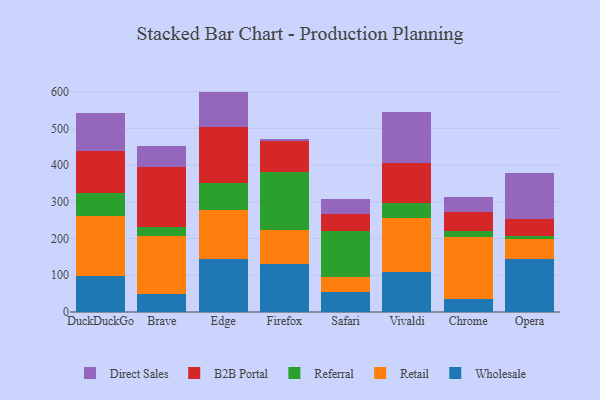
{"axis": {"x": "Browser", "y": "Website Visitors"}, "legend": ["B2B Portal", "Direct Sales", "Referral", "Retail", "Wholesale"], "data": [{"x": "DuckDuckGo", "y": 99.0, "type": "Wholesale"}, {"x": "DuckDuckGo", "y": 162.6, "type": "Retail"}, {"x": "DuckDuckGo", "y": 63.5, "type": "Referral"}, {"x": "DuckDuckGo", "y": 113.0, "type": "B2B Portal"}, {"x": "DuckDuckGo", "y": 103.4, "type": "Direct Sales"}, {"x": "Brave", "y": 49.1, "type": "Wholesale"}, {"x": "Brave", "y": 159.0, "type": "Retail"}, {"x": "Brave", "y": 24.5, "type": "Referral"}, {"x": "Brave", "y": 160.9, "type": "B2B Portal"}, {"x": "Brave", "y": 59.1, "type": "Direct Sales"}, {"x": "Edge", "y": 143.4, "type": "Wholesale"}, {"x": "Edge", "y": 133.8, "type": "Retail"}, {"x": "Edge", "y": 72.9, "type": "Referral"}, {"x": "Edge", "y": 154.8, "type": "B2B Portal"}, {"x": "Edge", "y": 95.2, "type": "Direct Sales"}, {"x": "Firefox", "y": 130.6, "type": "Wholesale"}, {"x": "Firefox", "y": 92.3, "type": "Retail"}, {"x": "Firefox", "y": 159.6, "type": "Referral"}, {"x": "Firefox", "y": 82.0, "type": "B2B Portal"}, {"x": "Firefox", "y": 6.9, "type": "Direct Sales"}, {"x": "Safari", "y": 55.0, "type": "Wholesale"}, {"x": "Safari", "y": 40.4, "type": "Retail"}, {"x": "Safari", "y": 125.8, "type": "Referral"}, {"x": "Safari", "y": 46.5, "type": "B2B Portal"}, {"x": "Safari", "y": 40.5, "type": "Direct Sales"}, {"x": "Vivaldi", "y": 109.5, "type": "Wholesale"}, {"x": "Vivaldi", "y": 145.4, "type": "Retail"}, {"x": "Vivaldi", "y": 42.9, "type": "Referral"}, {"x": "Vivaldi", "y": 107.4, "type": "B2B Portal"}, {"x": "Vivaldi", "y": 138.8, "type": "Direct Sales"}, {"x": "Chrome", "y": 35.3, "type": "Wholesale"}, {"x": "Chrome", "y": 168.8, "type": "Retail"}, {"x": "Chrome", "y": 15.6, "type": "Referral"}, {"x": "Chrome", "y": 52.7, "type": "B2B Portal"}, {"x": "Chrome", "y": 39.9, "type": "Direct Sales"}, {"x": "Opera", "y": 143.2, "type": "Wholesale"}, {"x": "Opera", "y": 55.7, "type": "Retail"}, {"x": "Opera", "y": 7.0, "type": "Referral"}, {"x": "Opera", "y": 48.5, "type": "B2B Portal"}, {"x": "Opera", "y": 123.4, "type": "Direct Sales"}]}